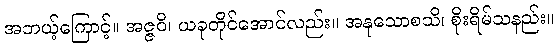
အဘယ့်ကြောင့်။ အဇ္ဇဝိ၊ ယခုတိုင်အောင်လည်း။ အနုသောစသိ၊ စိုးရိမ်သနည်း။